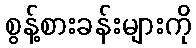
စွန့်စားခန်းများကို